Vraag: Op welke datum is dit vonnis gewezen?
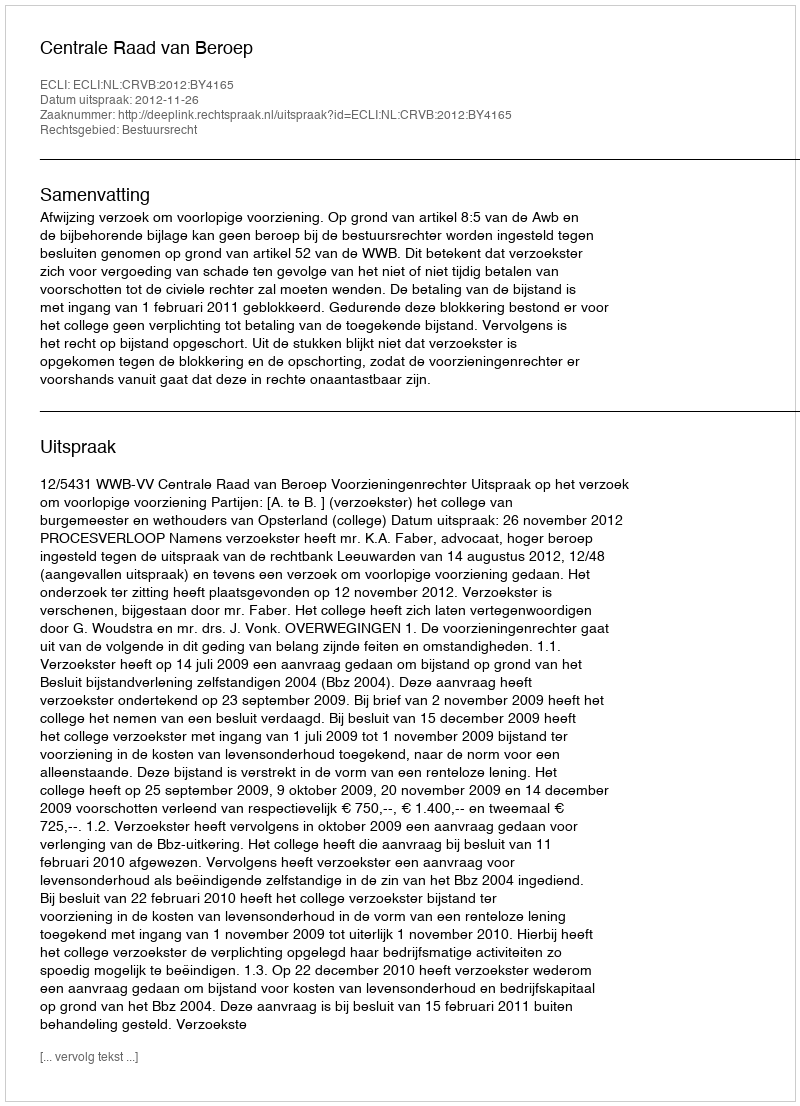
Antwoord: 2012-11-26